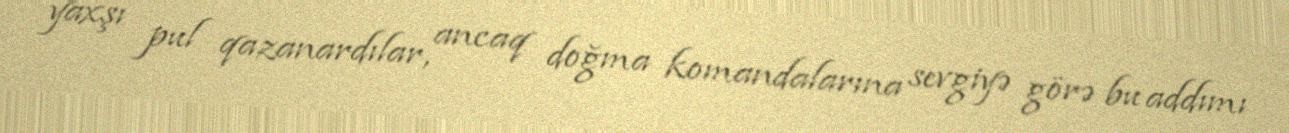
yaxşı pul qazanardılar, ancaq doğma komandalarına sevgiyə görə bu addımı